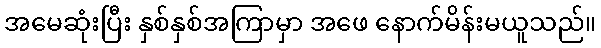
အမေဆုံးပြီး နှစ်နှစ်အကြာမှာ အဖေ နောက်မိန်းမယူသည်။